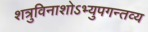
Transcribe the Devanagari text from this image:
शत्रुविनाशोऽभ्युपगन्तव्य